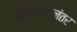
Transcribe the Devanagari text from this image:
ऑपरेशननंतर